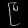
Digit: ၉